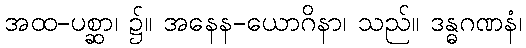
အထ-ပစ္ဆာ၊ ၌။ အနေန-ယောဂိနာ၊ သည်။ ဒန္ဓဂဏနံ၊